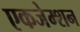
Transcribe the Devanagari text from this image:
एकजेम्शन